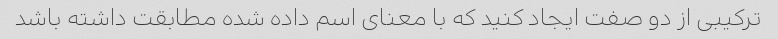
ترکیبی از دو صفت ایجاد کنید که با معنای اسم داده شده مطابقت داشته باشد